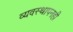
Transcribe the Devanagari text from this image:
व्यवस्थापनही